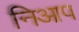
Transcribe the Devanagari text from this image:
निआप